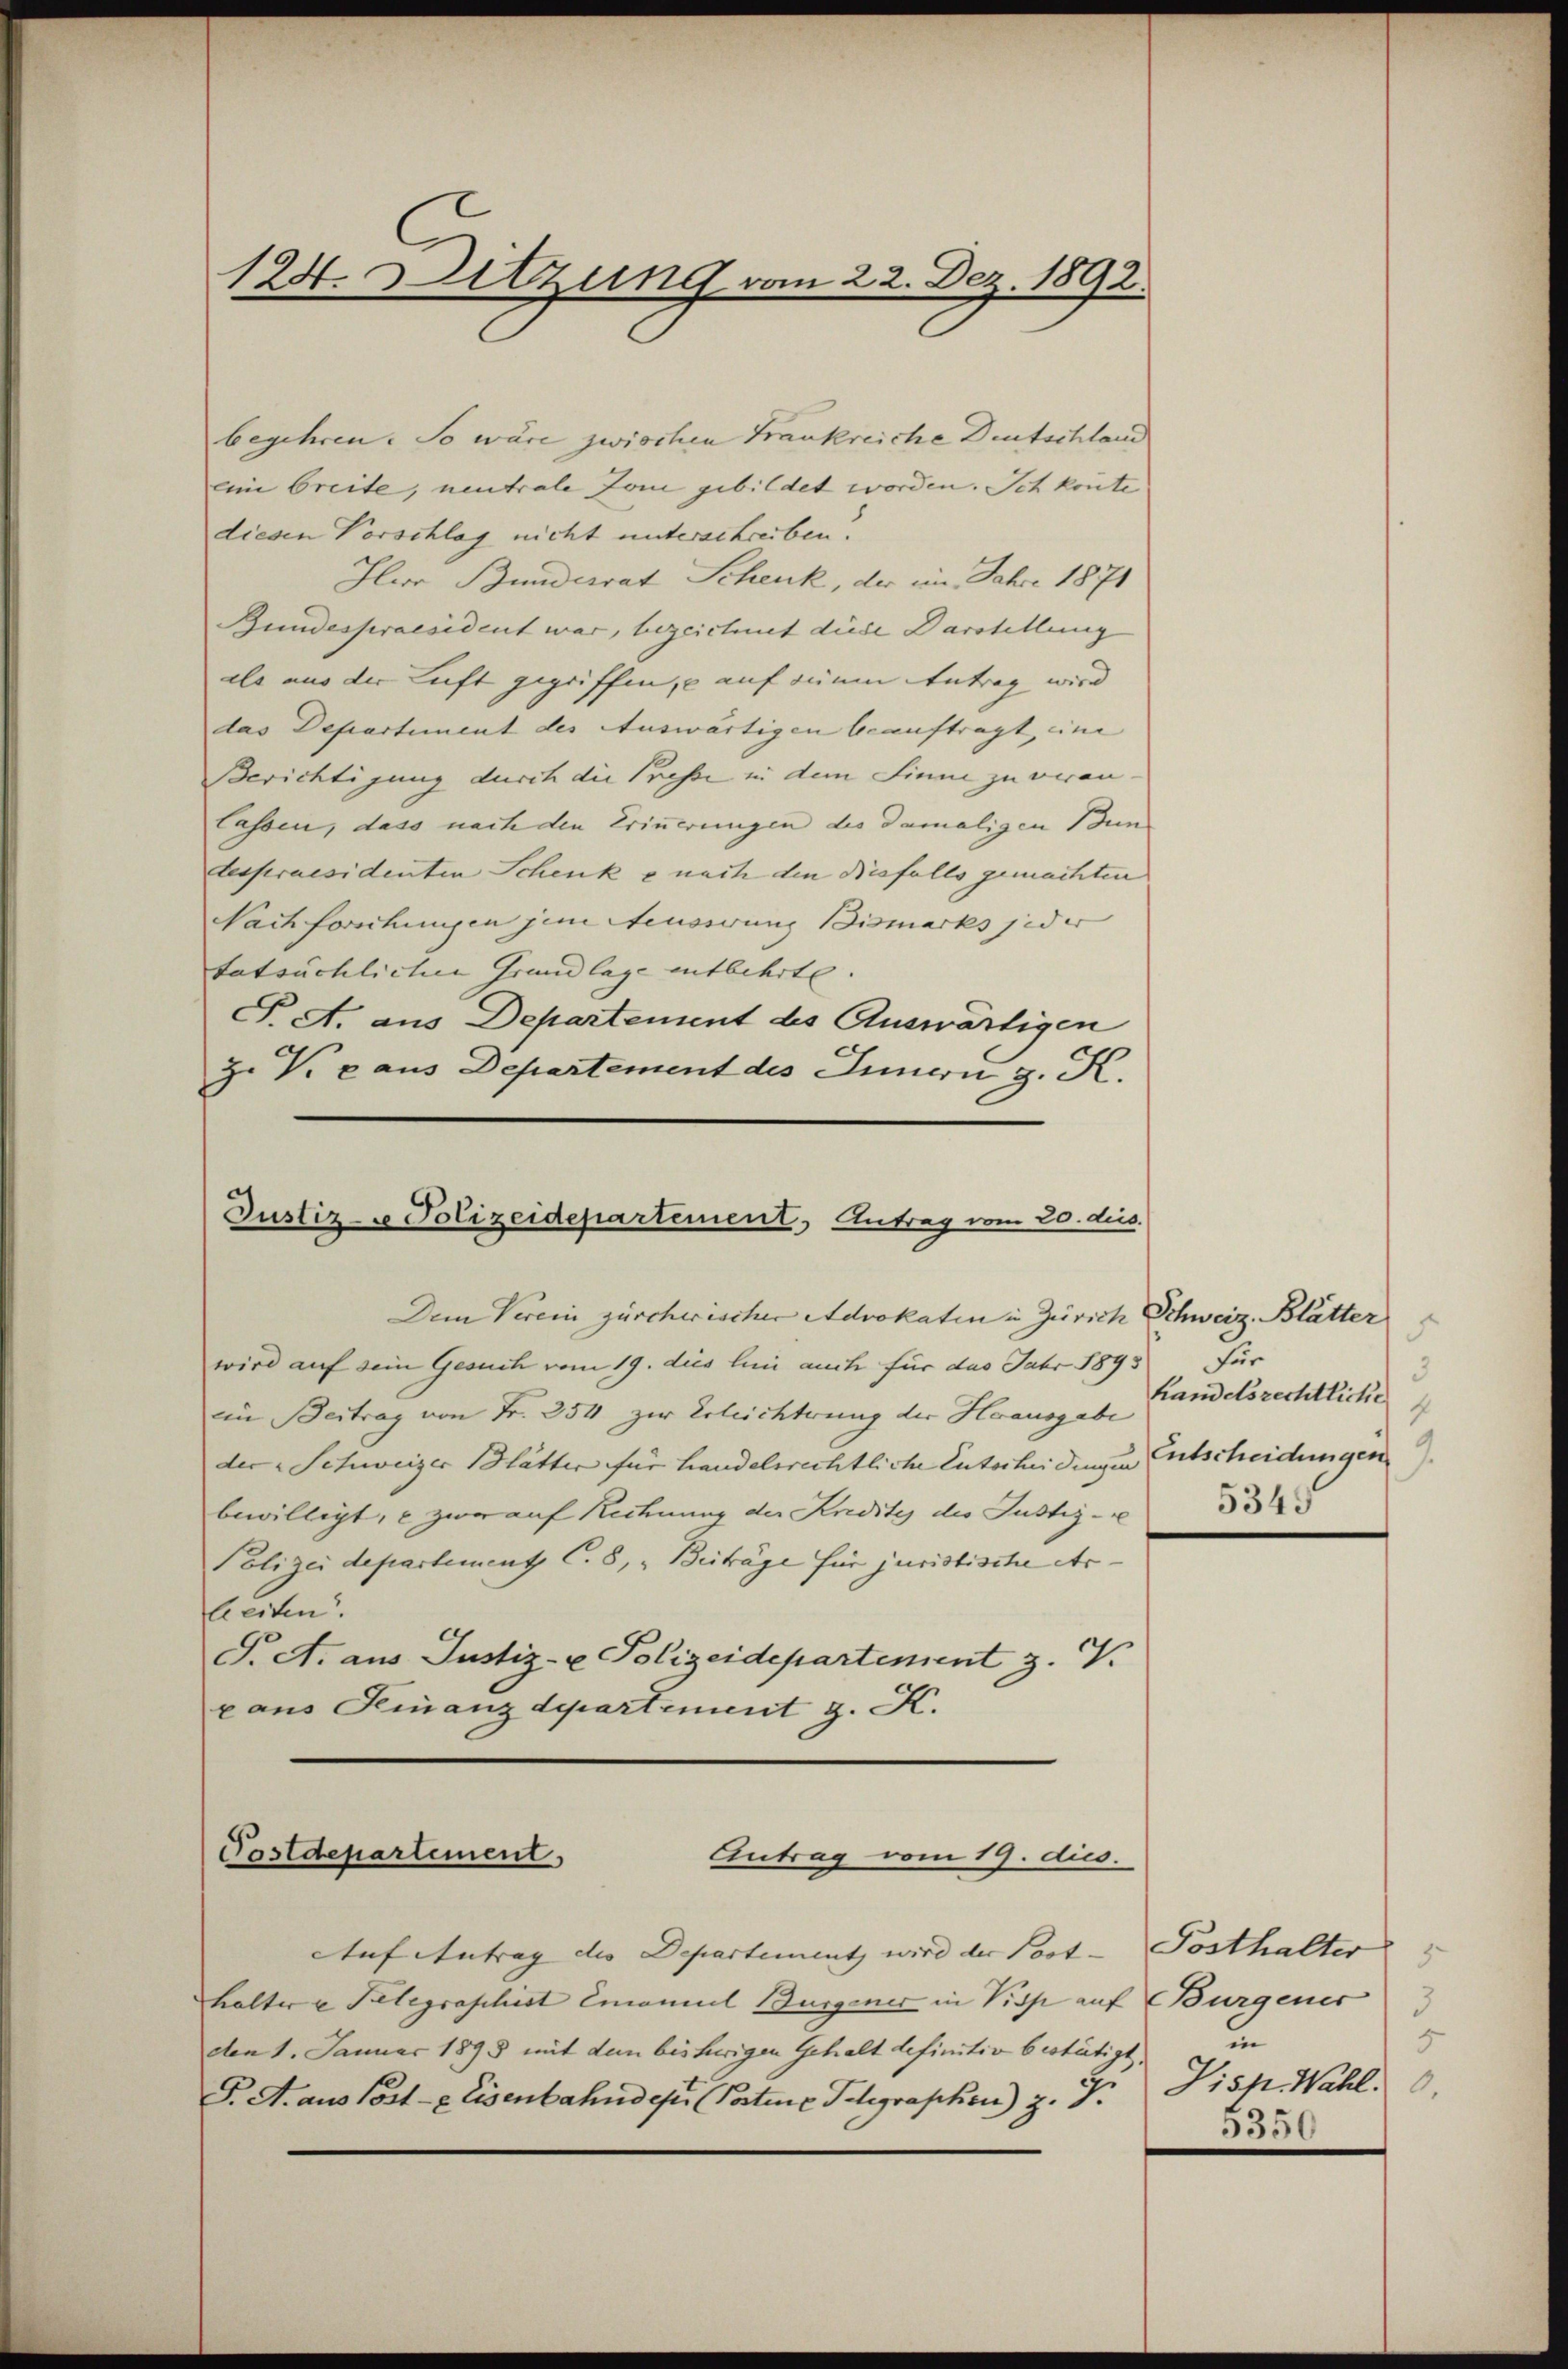
124. Sitzung vom 22. Dez. 1892.

begehren. So wäre zwischen Frankreiche Deutschland
eine breite, neutrale Jone gebildet worden. Ich konnte
diesen Vorschlag nicht unterschreiben.
Iler Bundesrat Schenk, der im Jahre 1871
Bundespraesident war, bezeichnet diese Darstellung
als aus der Luft gegriffen, – auf dene Antrag wird
das Departement des Auswärtigen beauftragt, eine |
Berichtigung durch die Presse in dem Sinne zu veran¬
Cassen, dass nach den Erinnerungen des damaligen un
despraesidenten Schenke nach den diesfalls gemachten
Nachforschungen jene Aeusserung Bismarks jeder
tatsächlicher Grundlage entbehrte.
T. A. aus Departement des Auswärtigen
Z. V. aus Departement des Innern z. K.

Justiz- u Polizeidepartement, Antrag vom 20. ds.
Dem Verein zürcherischer Advokaten in Zürich Schweiz. Blätter

wird auf sein Gesuch vom 19. dies lini auch für das Jahr 1893
ein Beitrag von Fr. 354 zur Erleichterung der Hausgabe
der Schweizer Blätter für handelsrechtliche Entscheidungen Entscheidungen.
bewilligt, - zwar auf Rechnung der Kredites des Justiz-
Polizei departement C. 8, " Beiträge für juristische Arheiten.
T. A. aus Justiz- u Polizeidepartement z. V
x ans Feinanzdepartement z. K.

Postdepartement
Antrag vom 19. ds.

Auf Antrag die Departement, wird der Post- Posthalter
halter u Telegraphist Emanuel Burgener in Pisp auf Burgener
den 1. Januar 1898 mit dem bisherigen Gehalt definitiv bestätigt,
F. A. aus Post- & Eisenbahndept. (Postene Telegraphen) z. B.

.
Für
3
handelsrechtliche
4
5345

3
5
u
Jisp. Wahl.
5350